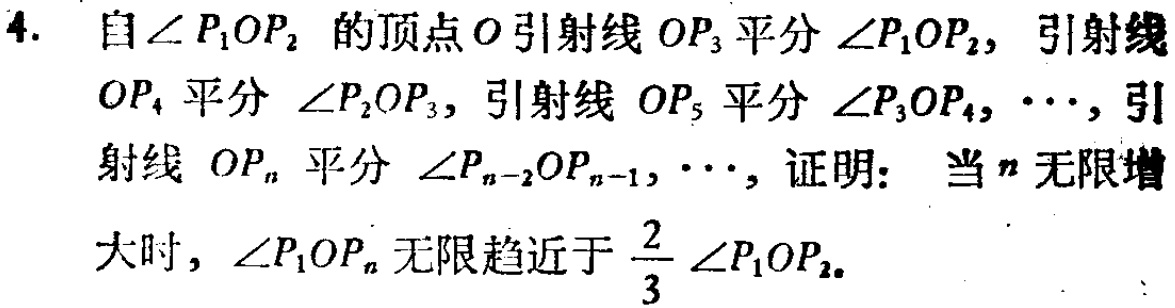
4. 自\(\angle P_{1}OP_{2}\)的顶点\(O\)引射线\(OP_{3}\)平分\(\angle P_{1}OP_{2}\)，引射线\(OP_{4}\)平分\(\angle P_{2}OP_{3}\)，引射线\(OP_{5}\)平分\(\angle P_{3}OP_{4}\)，\(\cdots\)，引射线\(OP_{n}\)平分\(\angle P_{n - 2}OP_{n - 1}\)，\(\cdots\)，证明：当\(n\)无限增大时，\(\angle P_{1}OP_{n}\)无限趋近于\(\frac{2}{3}\angle P_{1}OP_{2}\)。